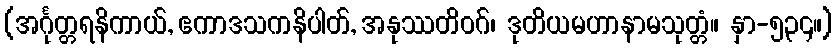
(အင်္ဂုတ္တရနိကာယ်, ဧကာဒသကနိပါတ်, အနုဿတိဝဂ်၊ ဒုတိယမဟာနာမသုတ္တံ။ နှာ-၅၃၄။)